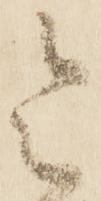
令